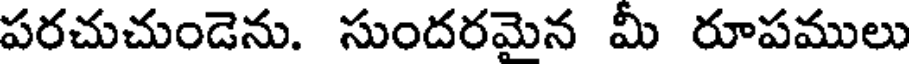
పరచుచుండెను. సుందరమైన మీ రూపములు